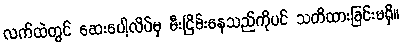
လက်ထဲတွင် ဆေးပေါ့လိပ်မှ မီးငြိမ်းနေသည်ကိုပင် သတိထားခြင်းမရှိ။